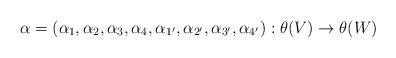
LaTeX: \begin{align*} \alpha = (\alpha_1,\alpha_2,\alpha_3,\alpha_4,\alpha_{1'},\alpha_{2'},\alpha_{3'},\alpha_{4'}) : \theta(V) \rightarrow \theta(W) \end{align*}